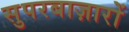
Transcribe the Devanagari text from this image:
सुपरबाज़ारों